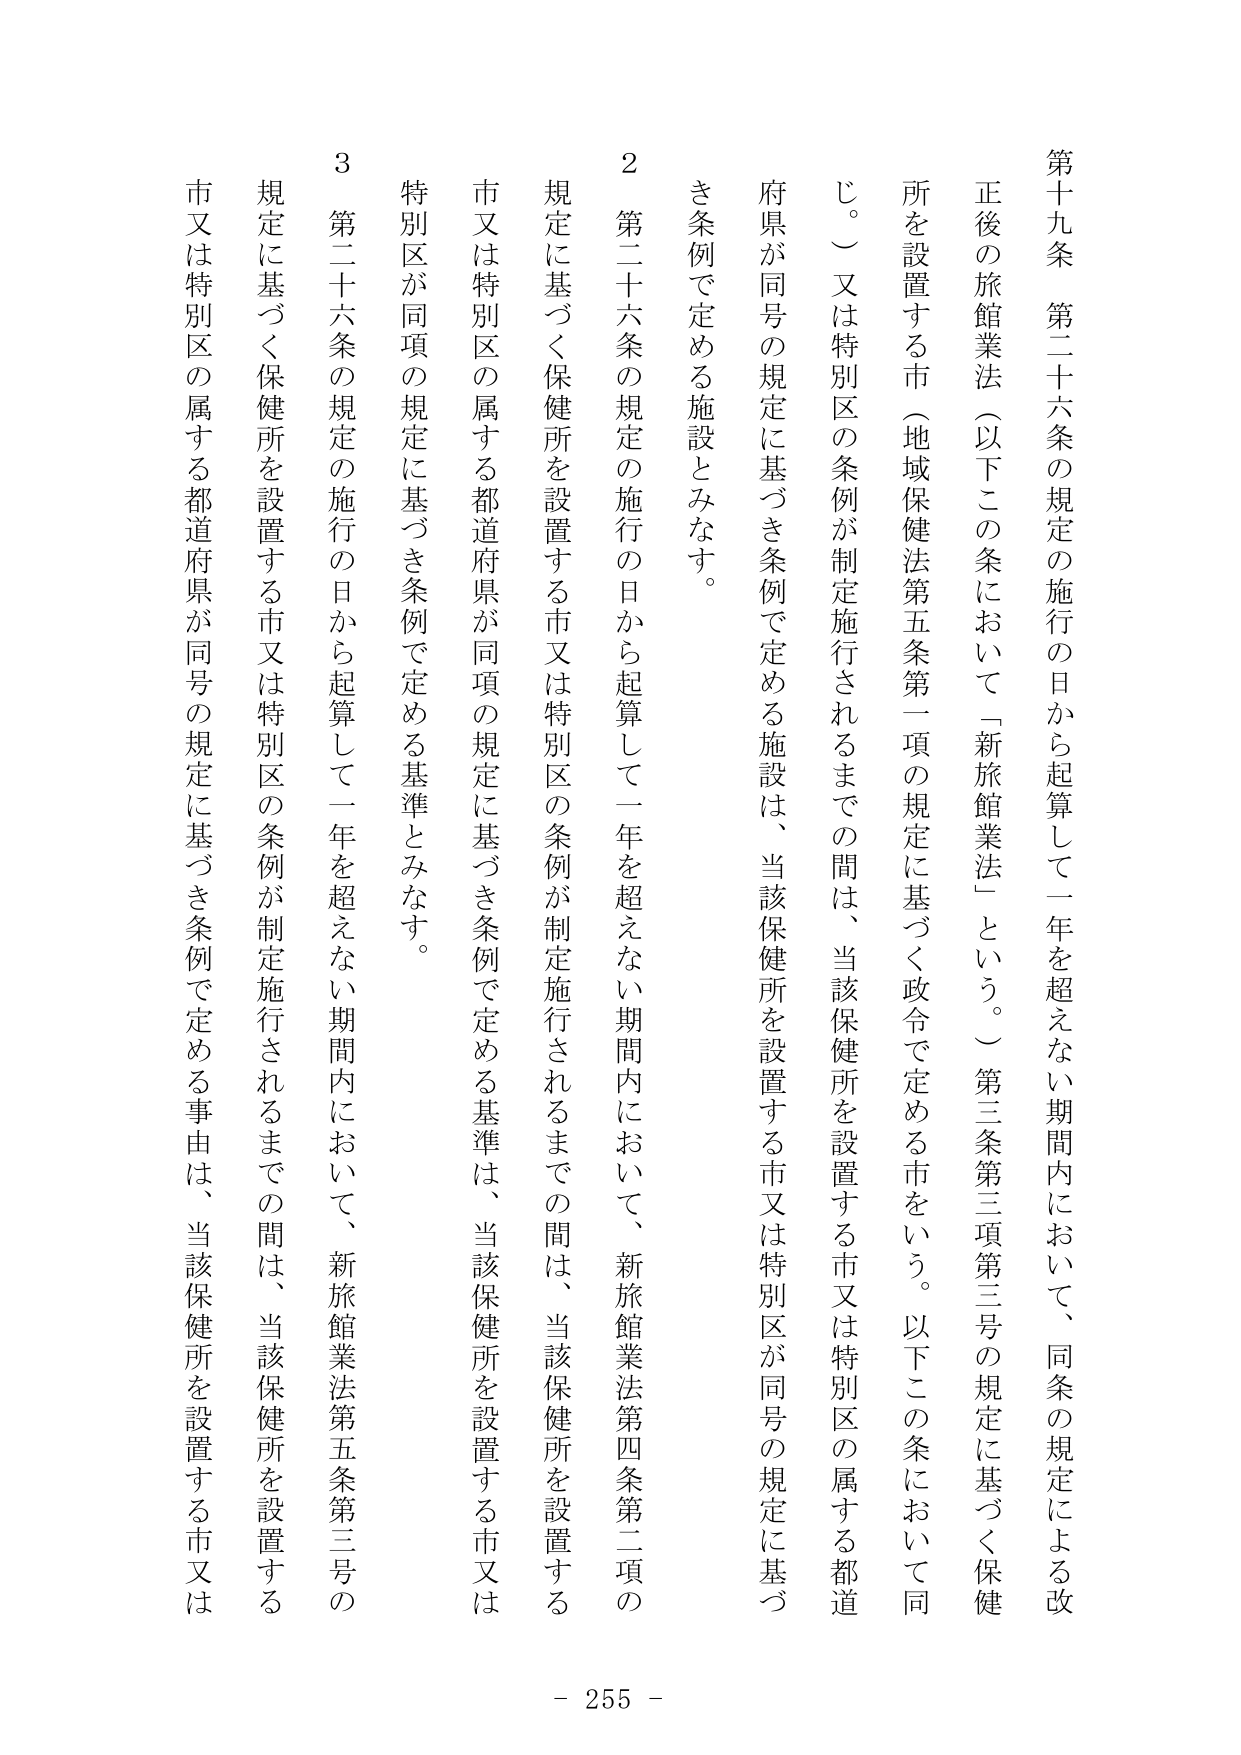
第十九条　第二十六条の規定の施行の日から起算して一年を超えない期間内において、同条の規定による改正後の旅館業法（以下この条において「新旅館業法」という。）第三条第三項第三号の規定に基づく保健所を設置する市（地域保健法第五条第一項の規定に基づく政令で定める市をいう。以下この条において同じ。）又は特別区の条例が制定施行されるまでの間は、当該保健所を設置する市又は特別区の属する都道府県が同号の規定に基づき条例で定める施設は、当該保健所を設置する市又は特別区が同号の規定に基づき条例で定める施設とみなす。

２　第二十六条の規定の施行の日から起算して一年を超えない期間内において、新旅館業法第四条第二項の規定に基づく保健所を設置する市又は特別区の条例が制定施行されるまでの間は、当該保健所を設置する市又は特別区の属する都道府県が同項の規定に基づき条例で定める基準は、当該保健所を設置する市又は特別区が同項の規定に基づき条例で定める基準とみなす。

３　第二十六条の規定の施行の日から起算して一年を超えない期間内において、新旅館業法第五条第三号の規定に基づく保健所を設置する市又は特別区の条例が制定施行されるまでの間は、当該保健所を設置する市又は特別区の属する都道府県が同号の規定に基づき条例で定める事由は、当該保健所を設置する市又は

- 255 -